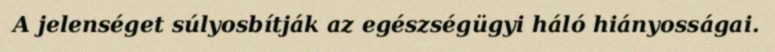
A jelenséget súlyosbítják az egészségügyi háló hiányosságai.